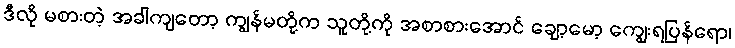
ဒီလို မစားတဲ့ အခါကျတော့ ကျွန်မတို့က သူတို့ကို အစာစားအောင် ချော့မော့ ကျွေးရပြန်ရော၊